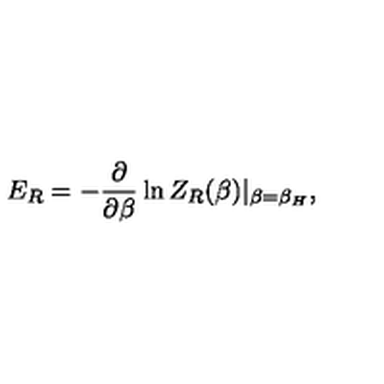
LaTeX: E _ { R } = - { \frac { \partial } { \partial \beta } } \ln Z _ { R } ( \beta ) | _ { \beta = \beta _ { H } } ,